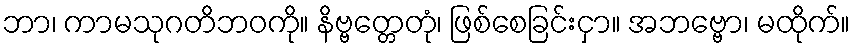
ဘာ၊ ကာမသုဂတိဘဝကို။ နိဗ္ဗတ္တေတုံ၊ ဖြစ်စေခြင်းငှာ။ အဘဗ္ဗော၊ မထိုက်။